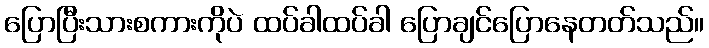
ပြောပြီးသားစကားကိုပဲ ထပ်ခါထပ်ခါ ပြောချင်ပြောနေတတ်သည်။